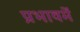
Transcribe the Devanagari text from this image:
प्रभावमें